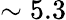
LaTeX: \sim 5.3